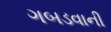
ગબડવાની